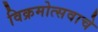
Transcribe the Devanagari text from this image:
विक्रमोत्सवाचे